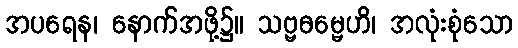
အပရေန၊ နောက်အဖို့၌။ သဗ္ဗဓမ္မေဟိ၊ အလုံးစုံသော